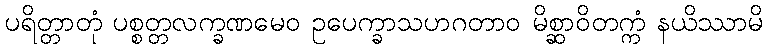
ပရိတ္တာတုံ ပစ္စတ္တလက္ခဏမေဝ ဥပေက္ခာသဟဂတာဝ မိစ္ဆာဝိတက္ကံ နယိဿာမိ